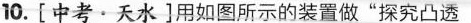
10.[中考·天水]用如图所示的装置做”探究凸透